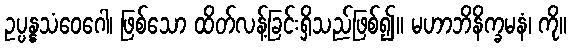
ဥပ္ပန္နသံဝေဂေါ၊ ဖြစ်သော ထိတ်လန့်ခြင်းရှိသည်ဖြစ်၍။ မဟာဘိနိက္ခမနံ၊ ကို။